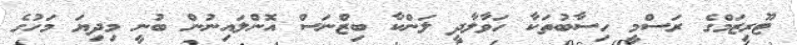
ޓޫރިޒަމްގެ ރަސްމީ ހިސާބުތަކާ ހަވާލާދީ ލަންކާ ބިޒްނަސް އޮންލައިނުން ބުނީ މިދިޔަ މަހުގެ